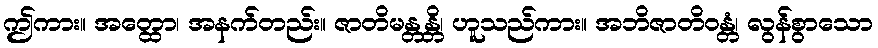
ဤကား။ အတ္ထော၊ အနက်တည်း။ ဇာတိမန္တန္တိ၊ ဟူသည်ကား။ အဘိဇာတိဝန္တံ၊ လွန်စွာသော